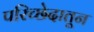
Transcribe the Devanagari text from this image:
परिच्छेदातून